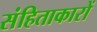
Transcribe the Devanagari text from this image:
संहिताकारों